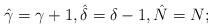
LaTeX: \begin{gather*}\hat{\gamma} = \gamma+1, \hat{\delta}= \delta-1,\hat{N} = N;\end{gather*}